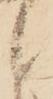
候